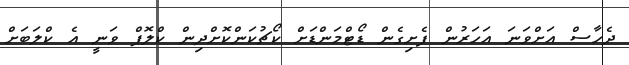
ދެހާސް އަށްވަނަ އަހަރުން ފެށިގެން ޑޯޓްމަންޑަށް ކޯޗުކަންކޮށްދިން ކްލޮޕް ވަނީ އެ ކްލަބަށް